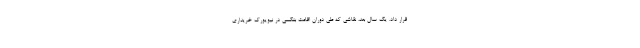
قرار داد. یک سال بعد، نقاشی که طی دوران اقامت بنکسی در نیویورک خریداری